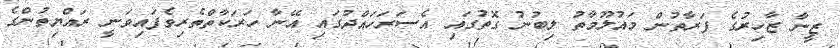
ޒީނާ ޒާހިރުގެ ފަރާތުން މައުލޫމާތު ލިބުނު ގޮތުގައި އެސަރަހައްދުގައި އޭނާ ހަރަކާތްތެރިވެފައިވަނީ ރައްޔިތުންގެ